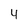
Character: 4